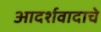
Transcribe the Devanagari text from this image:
आदर्शवादाचे